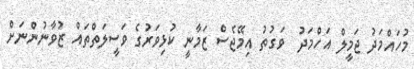
މުހައްމަދު ޖަމީލް އަހްމަދު  ވަގުތު އިމޭޖެސް ޒަމާނީ ކުޅިވަރުގެ ވަސީލަތްތައް ޒުވާނުންނަށް